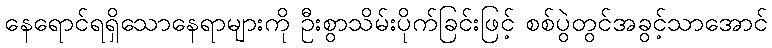
နေရောင်ရရှိသောနေရာများကို ဦးစွာသိမ်းပိုက်ခြင်းဖြင့် စစ်ပွဲတွင်အခွင့်သာအောင်